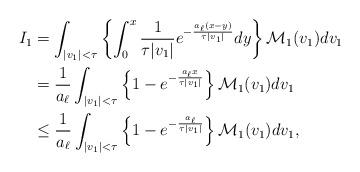
LaTeX: \begin{align*}I_1&=\int_{|v_1|<\tau}\left\{\int_{0}^x\frac{1}{\tau|v_1|}e^{-\frac{a_{\ell}(x-y)}{\tau|v_1|}}dy\right\}\mathcal{M}_1(v_1)dv_1\cr&=\frac{1}{a_{\ell}}\int_{|v_1|<\tau}\left\{1-e^{-\frac{a_{\ell}x}{\tau|v_1|}}\right\}\mathcal{M}_1(v_1)dv_1\cr&\leq\frac{1}{a_{\ell}}\int_{|v_1|<\tau}\left\{1-e^{-\frac{a_{\ell}}{\tau|v_1|}}\right\}\mathcal{M}_1(v_1)dv_1,\end{align*}